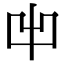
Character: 𠚆